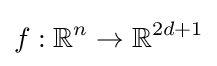
f:\mathbb {R} ^{n}\to \mathbb {R} ^{2d+1}